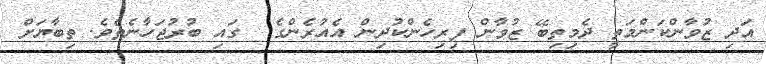
އަދި ޒުވާންކަންމަތީ ދެމިތިބޭ ޒުވާން ފިރިހެންކުދިން އެއުރެންގެ  ގައި ބުރުޖަހާނެތެވެ. ތިބާޔަށް